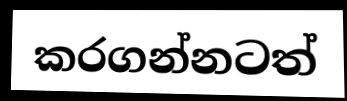
කරගන්නටත්